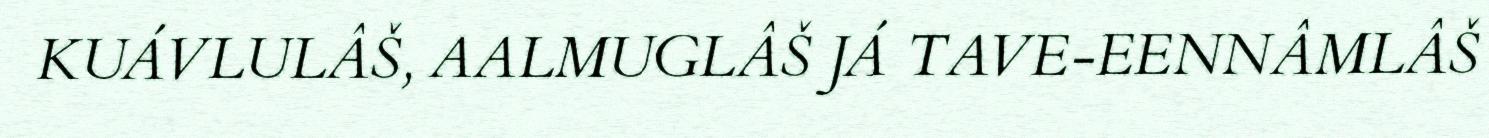
KUÁVLULÂŠ, AALMUGLÂŠ JÁ TAVE-EENNÂMLÂŠ